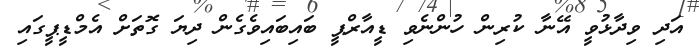
އަދި ވިދާޅުވީ އޭނާ ކުރިން ހުންނެވި ޑީއާރްޕީ ބައިބައިވެގެން ދިޔަ ގޮތަށް އެމްޑީޕީގައި